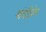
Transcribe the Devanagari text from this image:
गांधीप्रेम